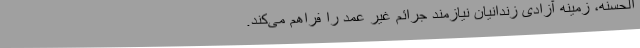
‌الحسنه، زمینه آزادی زندانیان نیازمند جرائم غیر عمد را فراهم می‌کند.